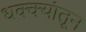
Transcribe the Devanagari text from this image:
धक्क्यांतून